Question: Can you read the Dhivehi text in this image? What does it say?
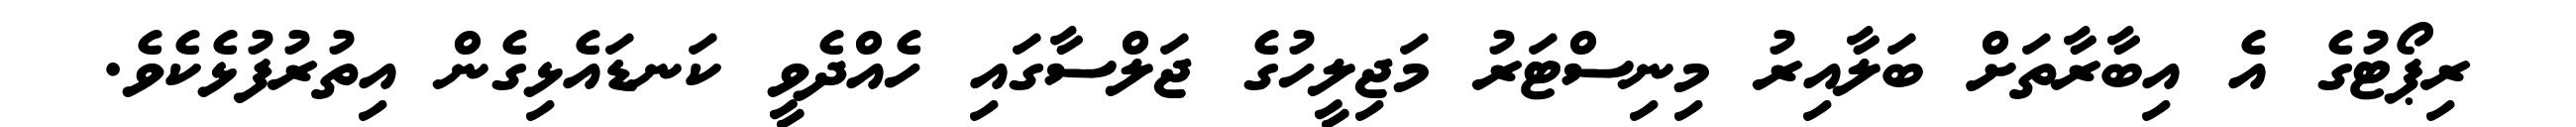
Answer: ރިޕޯޓުގެ އެ އިބާރާތަށް ބަލާއިރު މިނިސްޓަރު މަޖިލީހުގެ ޖަލްސާގައި ހެއްދެވީ ކަނޑައެޅިގެން އިތުރުފުޅެކެވެ.